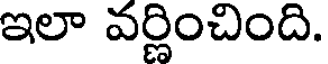
ఇలా వర్ణించింది.